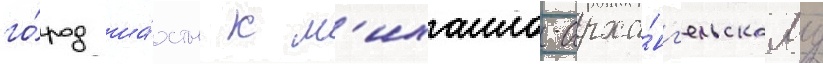
го́род ша́хты к м'ихаило-арха́нг'ельскому